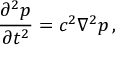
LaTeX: { \frac { \partial ^ { 2 } p } { \partial t ^ { 2 } } } = c ^ { 2 } \nabla ^ { 2 } p \, ,